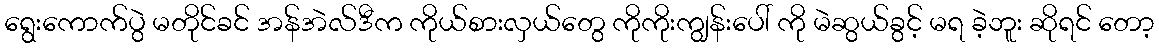
ရွေးကောက်ပွဲ မတိုင်ခင် အန်အဲလ်ဒီက ကိုယ်စားလှယ်တွေ ကိုကိုးကျွန်းပေါ် ကို မဲဆွယ်ခွင့် မရ ခဲ့ဘူး ဆိုရင် တော့